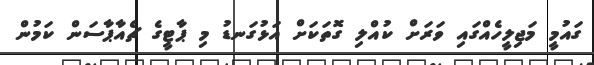
ގައުމީ މަޖިލީހެއްގައި ވަރަށް ކުއްލި ގޮތަކަށް އަޅުގަނޑު މި ޕާޓީގެ ޗެއާޕާސަން ކަމުން